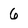
Character: 6